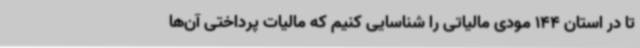
تا در استان 144 مودی مالیاتی را شناسایی کنیم که مالیات پرداختی آن‌ها